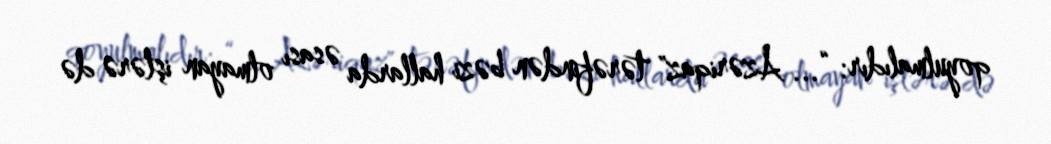
qoyulmalıdır: “... Azəriqaz" tərəfindən bəzi hallarda əsası olmayan işlərə də